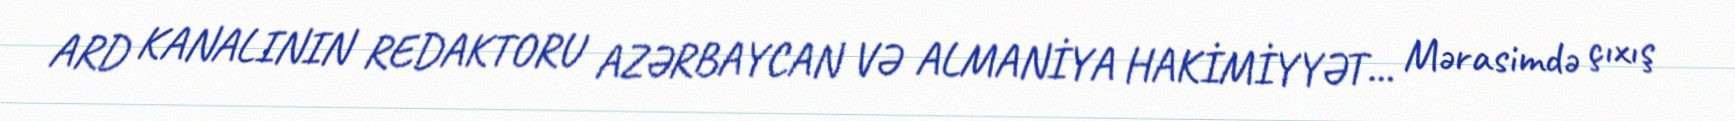
ARD KANALININ REDAKTORU AZƏRBAYCAN VƏ ALMANİYA HAKİMİYYƏT... Mərasimdə çıxış